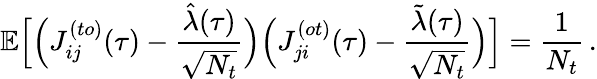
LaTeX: \mathbb{E}\Big[\Big(J_{ij}^{(to)}(\tau)-\frac{\hat{\lambda}(\tau)}{\sqrt{N_{t}}}\Big)\Big(J_{ji}^{(ot)}(\tau)-\frac{\tilde{\lambda}(\tau)}{\sqrt{N_{t}}}\Big)\Big]=\frac{1}{N_{t}}\, .